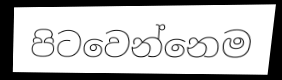
පිටවෙන්නෙම